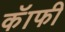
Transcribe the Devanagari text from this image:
कॅाफी